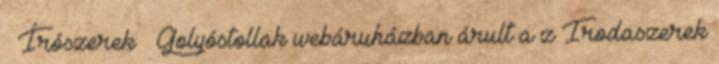
Írószerek Golyóstollak webáruházban árult a z Irodaszerek